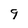
Character: 9